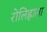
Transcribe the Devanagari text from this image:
रोलिह्लाला